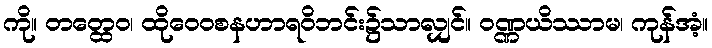
ကို။ တတ္ထေဝ၊ ထိုဝေဝစနဟာရဝိဘင်း၌သာလျှင်။ ဝဏ္ဏယိဿာမ၊ ကုန်အံ့။